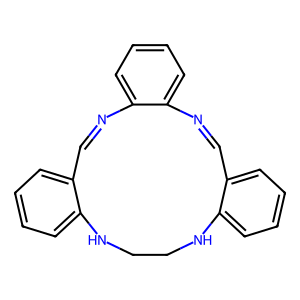
SMILES: C1=Nc2ccccc2N=Cc2ccccc2NCCNc2ccccc21
Inhibits HIV replication: No